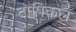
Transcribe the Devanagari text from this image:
टोपिकल